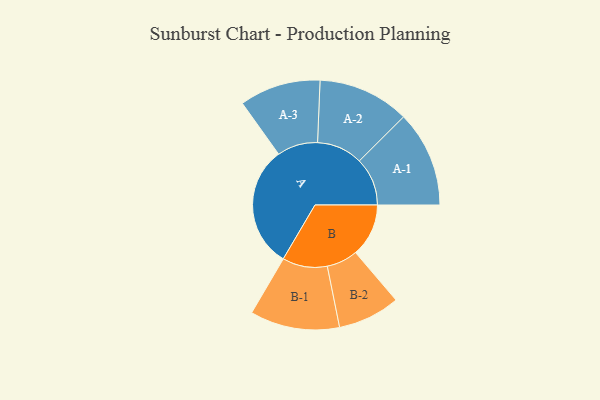
{"axis": {"x": "Segment", "y": "Value"}, "legend": ["", "A", "B"], "data": [{"x": "A", "y": 490, "type": ""}, {"x": "B", "y": 213, "type": ""}, {"x": "A-1", "y": 193, "type": "A"}, {"x": "A-2", "y": 184, "type": "A"}, {"x": "A-3", "y": 163, "type": "A"}, {"x": "B-1", "y": 180, "type": "B"}, {"x": "B-2", "y": 125, "type": "B"}]}